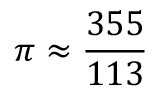
\pi \approx { \frac { 3 5 5 } { 1 1 3 } }